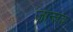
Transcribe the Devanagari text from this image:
जान्तव